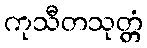
ကုသီတသုတ္တံ